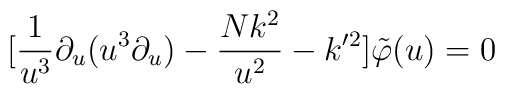
[\frac{1}{u^{3}}\partial _{u}(u^{3}\partial _{u})-\frac{Nk^{2}}{u^{2}}-k'^{2}]\tilde{\varphi }(u)=0